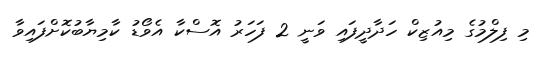
މި ފިލްމުގެ މިއުޒިކް ހަދާދީފައި ވަނީ 2 ފަހަރު އޮސްކާ އެވޯޑު ކާމިޔާބުކޮށްފައިވާ